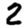
Digit: 2